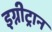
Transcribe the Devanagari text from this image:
इग्नीट्रान